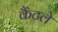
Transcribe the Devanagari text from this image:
कैंटले